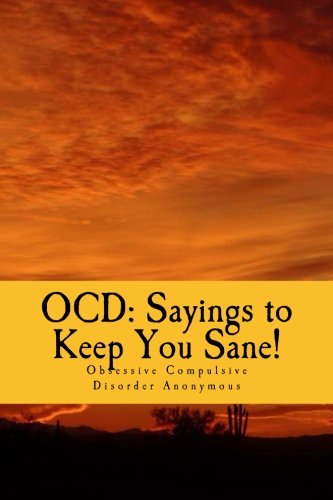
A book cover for OCD: Sayings to Keep You Sane!: Reminders, Affirmations & Slogans; Dr Christian R Komor; Health, Fitness & Dieting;